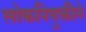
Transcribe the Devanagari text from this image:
लोकनियुक्तीने